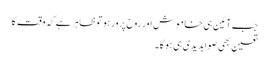
جب آئین ہی خاموش اور روح پرور ہو توظاہرہے کہ وقت کا
تعین بھی صوابدیدی ہی ہو گا ۔